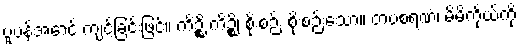
ပူပန်အောင် ကျင့်ခြင်းဖြင့်။ ကိဉ္စိ ကိဉ္စိ၊ စိုးစဉ်း စိုးစဉ်းသော။ တပစရဏံ၊ မိမိကိုယ်ကို